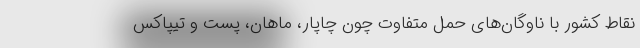
نقاط کشور با ناوگان‌های حمل متفاوت چون چاپار، ماهان، پست و تیپاکس